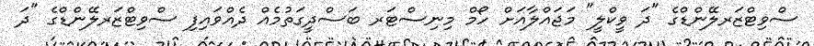
ސްވިޓްޒަރލޭންޑްގެ "ދަ ވީކްލީ" މަޖައްލާއަށް ހޯމް މިނިސްޓަރ ބަސްދީގަތުމެއް ދެއްވައިފި ސްވިޓްޒަރލޭންޑްގެ "ދަ